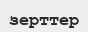
зерттер